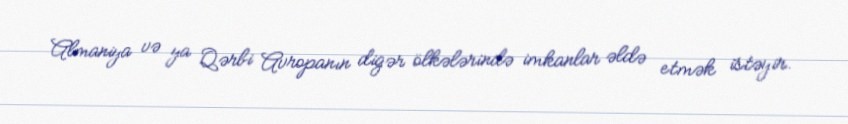
Almaniya və ya Qərbi Avropanın digər ölkələrində imkanlar əldə etmək istəyir.